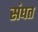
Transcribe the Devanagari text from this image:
संघत